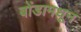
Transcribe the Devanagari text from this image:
बोंडामधून